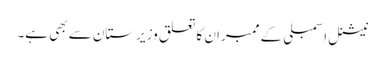
نیشنل اسمبلی کے ممبران کا تعلق وزیرستان سے بھی ہے۔